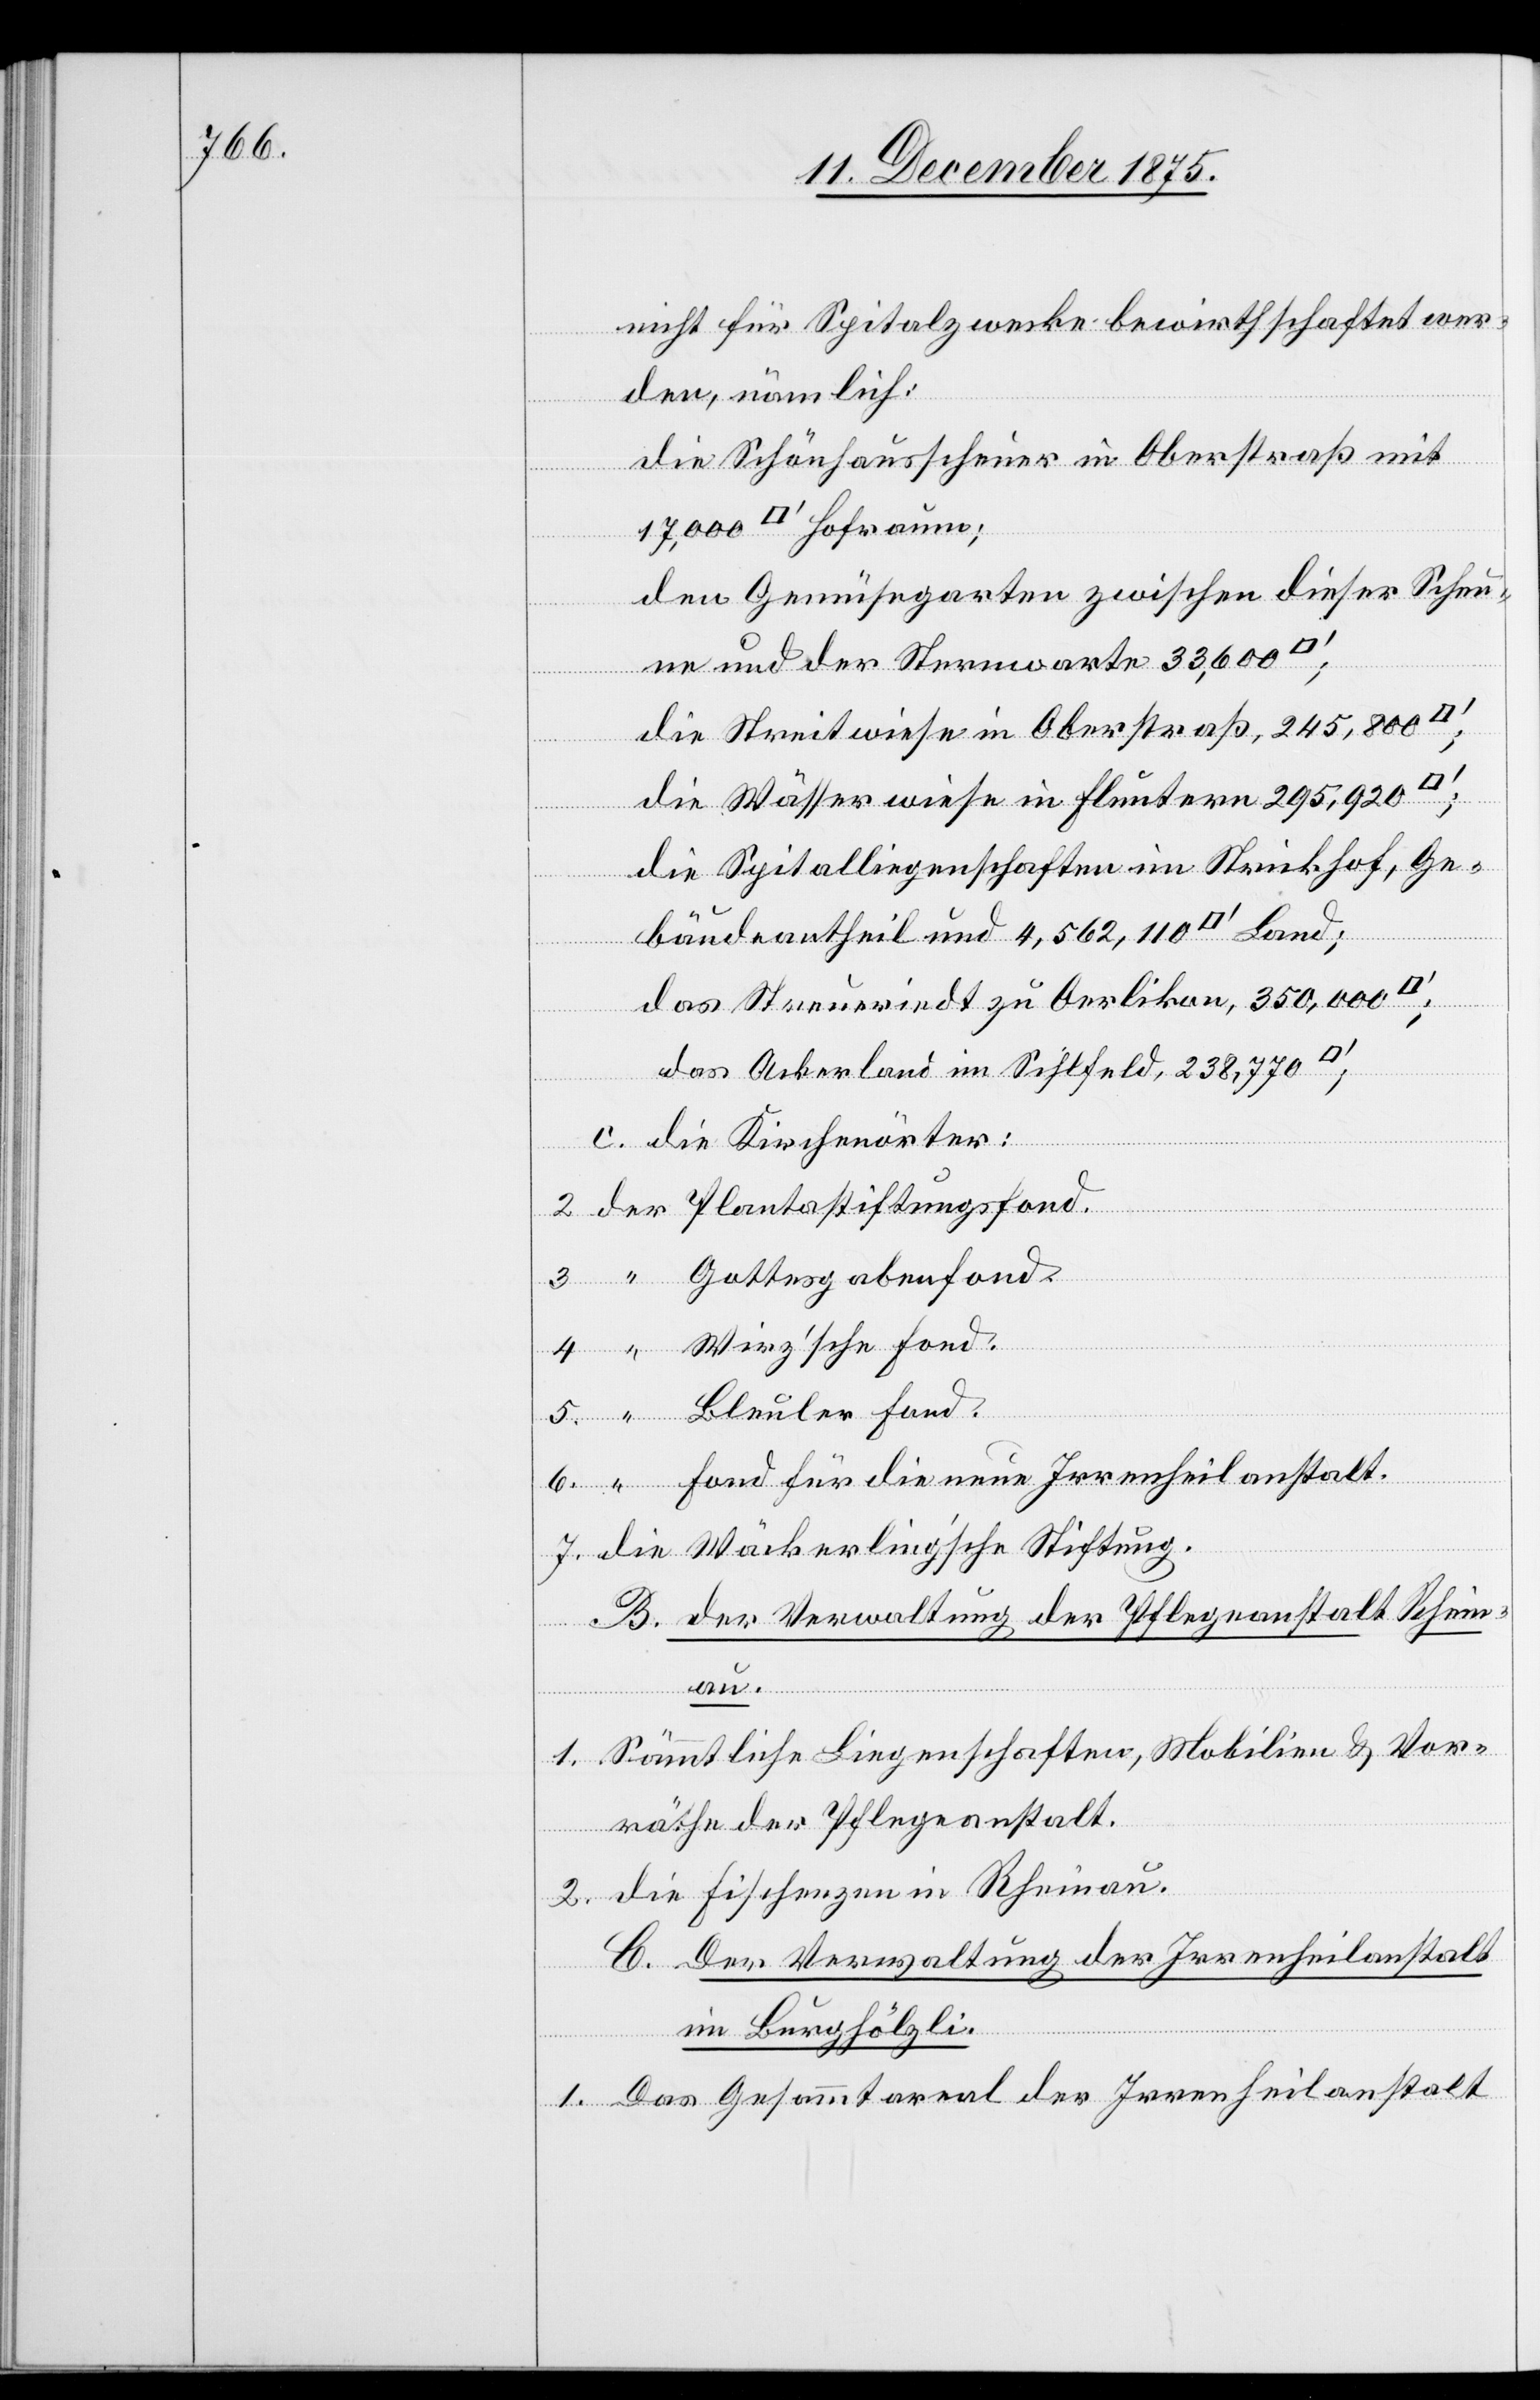
au.

die

nicht für Spitalzwecke bewirthschaftet wer¬
den, nämlich:
die Schönhausscheuer in Oberstraß mit
den Gemüsegarten zwischen dieser Scheu¬
um;
ne und der Sternwarte 33,600
Land;
die Streitwiese in Oberstraß, 245,800
Sti¬
die Wässerwiese in Fluntern 295,920
die Spitalliegenschaften im Strickhof, Ge¬
ftung.
bäudeantheil und 4,562,110 [Quad¬
das Streueriedt zu Oerlikon, 350,000
das Ackerland im Sihlfeld, 238,770
Gottesga¬
c. die Kirchenörter:
Fond für die neue Irrenheilanstalt.
B. der Verwaltung der Pflegeanstalt Rhein¬
1. Sämmtliche Liegenschaften, Mobilien & Vor¬
räthe der Pflegeanstalt.
2. die Fischenzen in Rheinau.
C. Der Verwaltung der Irrenheilanstalt
im Burghölzli.
1. Das Gesammtareal der Irrenheilanstalt